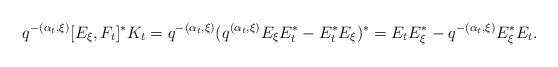
LaTeX: \begin{align*}q^{-(\alpha_t, \xi)} [E_\xi, F_t]^* K_t= q^{-(\alpha_t, \xi)} (q^{(\alpha_t, \xi)} E_\xi E_t^* - E_t^* E_\xi)^*= E_t E_\xi^* - q^{-(\alpha_t, \xi)} E_\xi^* E_t.\end{align*}